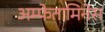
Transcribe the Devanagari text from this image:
अम्फेतामिनेस